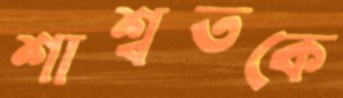
শাশ্বতকে